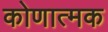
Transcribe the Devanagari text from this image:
कोणात्मक